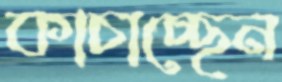
কাচাচ্ছেন